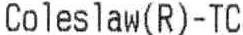
COLES LAW(R)-TC